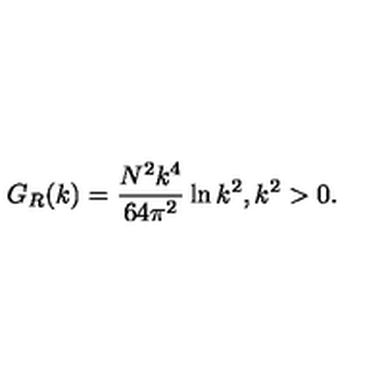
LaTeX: G _ { R } ( k ) = { \frac { N ^ { 2 } k ^ { 4 } } { 6 4 \pi ^ { 2 } } } \ln { k ^ { 2 } } , k ^ { 2 } > 0 .